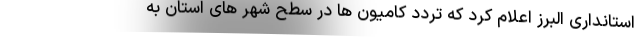
استانداری البرز اعلام کرد که تردد کامیون ها در سطح شهر های استان به